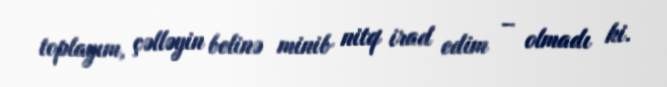
toplayım, çəlləyin belinə minib nitq irad edim – olmadı ki.